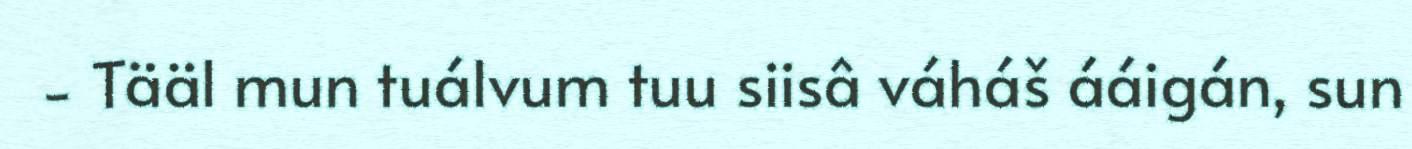
- Tääl mun tuálvum tuu siisâ váháš ááigán, sun